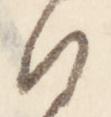
沙